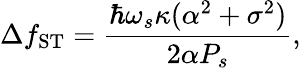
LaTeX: \Delta f_{\mathrm{ST}}=\frac{\hbar\omega_{s}\kappa(\alpha^{2}+\sigma^{2})}{2\alpha P_{s}},